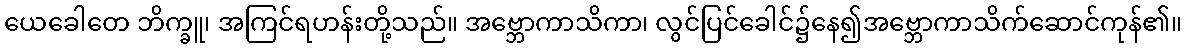
ယေခေါတေ ဘိက္ခူ၊ အကြင်ရဟန်းတို့သည်။ အဗ္ဘောကာသိကာ၊ လွင်ပြင်ခေါင်၌နေ၍အဗ္ဘောကာသိက်ဆောင်ကုန်၏။